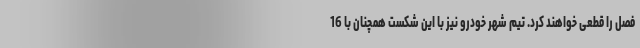
فصل را قطعی خواهند کرد. تیم شهر خودرو نیز با این شکست همچنان با 16